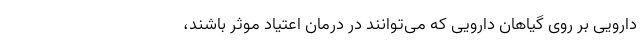
دارویی بر روی گیاهان دارویی که می‌توانند در درمان اعتیاد موثر باشند،